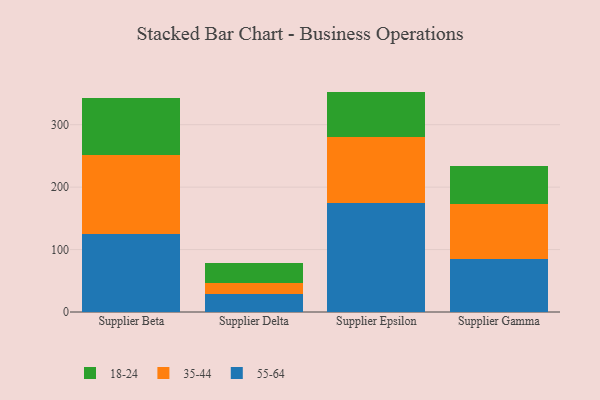
{"axis": {"x": "Supplier", "y": "Shipments"}, "legend": ["18-24", "35-44", "55-64"], "data": [{"x": "Supplier Beta", "y": 124.3, "type": "55-64"}, {"x": "Supplier Beta", "y": 126.4, "type": "35-44"}, {"x": "Supplier Beta", "y": 92.5, "type": "18-24"}, {"x": "Supplier Delta", "y": 29.3, "type": "55-64"}, {"x": "Supplier Delta", "y": 16.7, "type": "35-44"}, {"x": "Supplier Delta", "y": 32.4, "type": "18-24"}, {"x": "Supplier Epsilon", "y": 174.2, "type": "55-64"}, {"x": "Supplier Epsilon", "y": 105.4, "type": "35-44"}, {"x": "Supplier Epsilon", "y": 73.4, "type": "18-24"}, {"x": "Supplier Gamma", "y": 85.1, "type": "55-64"}, {"x": "Supplier Gamma", "y": 87.6, "type": "35-44"}, {"x": "Supplier Gamma", "y": 61.9, "type": "18-24"}]}